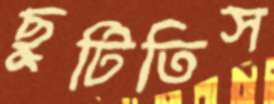
ছুটিতিস